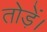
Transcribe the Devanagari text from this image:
तोड़ें।